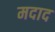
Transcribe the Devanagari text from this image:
मदाद